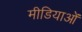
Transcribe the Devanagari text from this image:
मीडियाओं